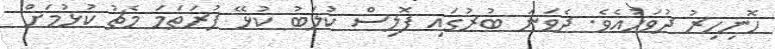
ހޮނިހިރު ދުވަހުއެވެ. ދެވަނަ ބުރުގައި ޕޮލިސް ކުލަބު ކުޅޭ ފުރަތަމަ މެޗު ކުޅުމަށް